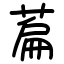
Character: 萹